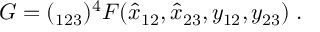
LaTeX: G = ( \l _ { 1 2 3 } ) ^ { 4 } F ( \hat { x } _ { 1 2 } , \hat { x } _ { 2 3 } , y _ { 1 2 } , y _ { 2 3 } ) \; .